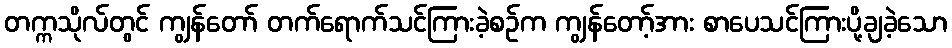
တက္ကသိုလ်တွင် ကျွန်တော် တက်ရောက်သင်ကြားခဲ့စဉ်က ကျွန်တော့်အား စာပေသင်ကြားပို့ချခဲ့သော